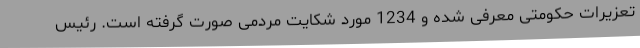
تعزیرات حکومتی معرفی شده و 1234 مورد شکایت مردمی صورت گرفته است. رئیس